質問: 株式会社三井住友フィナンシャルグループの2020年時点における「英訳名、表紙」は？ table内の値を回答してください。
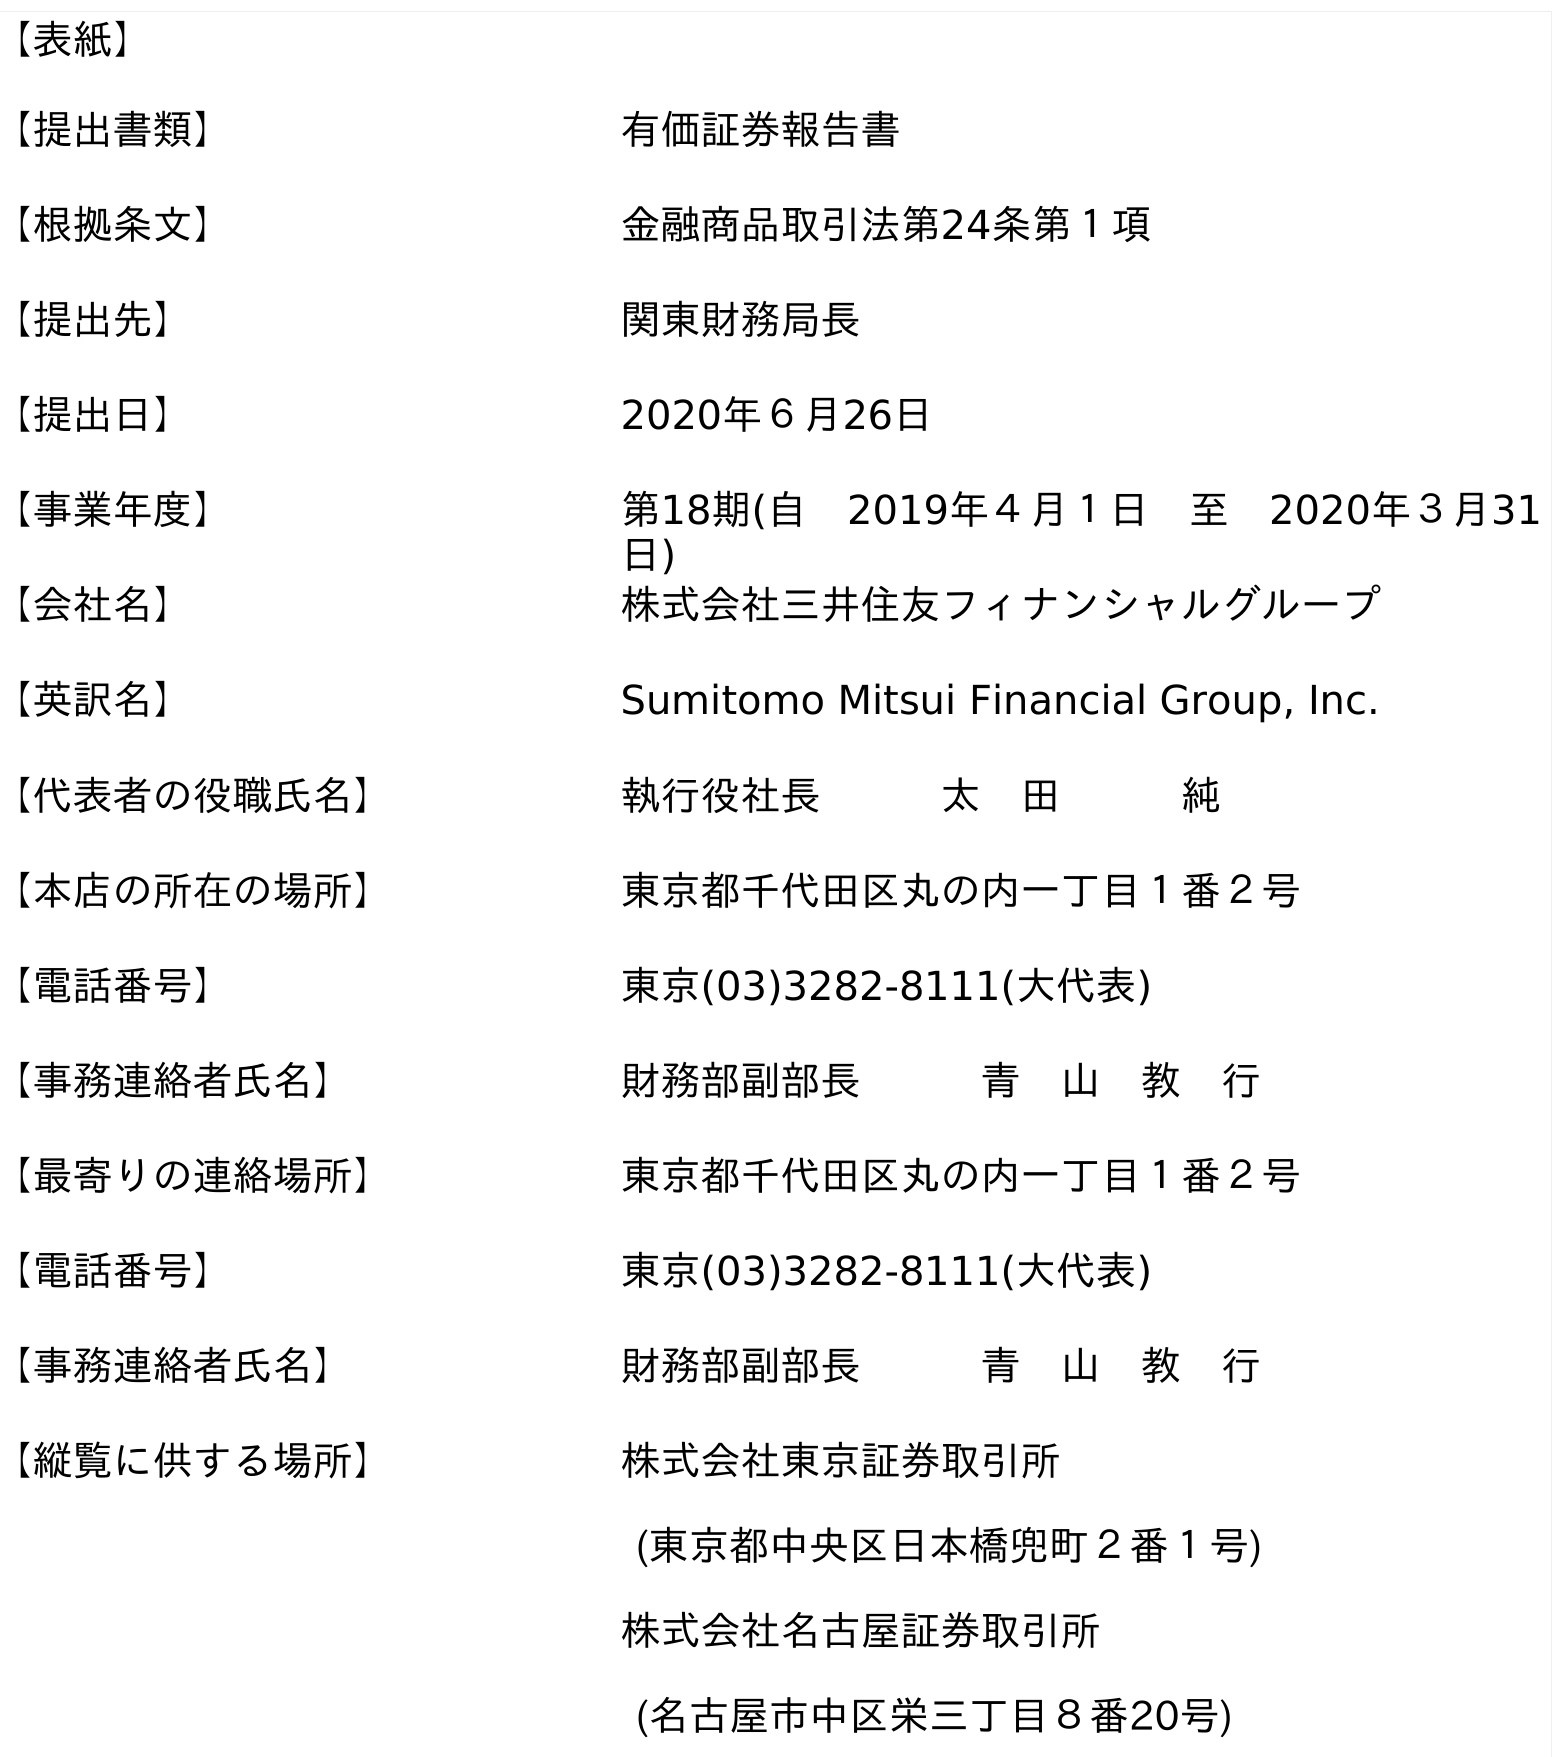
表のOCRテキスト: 【表紙】 【提出書類】 有価証券報告書 【根拠条文】 金融商品取引法第24条第１項 【提出先】 関東財務局長 【提出日】 2020年６月26日 【事業年度】 第18期(自 2019年４月１日 至 2020年３月31 日) 【会社名】 株式会社三井住友フィナンシャルグループ 【英訳名】 Sumitomo Mitsui Financial Group, Inc. 【代表者の役職氏名】 執行役社長   太 田   純 【本店の所在の場所】 東京都千代田区丸の内一丁目１番２号 【電話番号】 東京(03)3282-8111(大代表) 【事務連絡者氏名】 財務部副部長   青 山 教 行 【最寄りの連絡場所】 東京都千代田区丸の内一丁目１番２号 【電話番号】 東京(03)3282-8111(大代表) 【事務連絡者氏名】 財務部副部長   青 山 教 行 【縦覧に供する場所】 株式会社東京証券取引所 (東京都中央区日本橋兜町２番１号) 株式会社名古屋証券取引所 (名古屋市中区栄三丁目８番20号)
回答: Sumitomo Mitsui Financial Group, Inc.